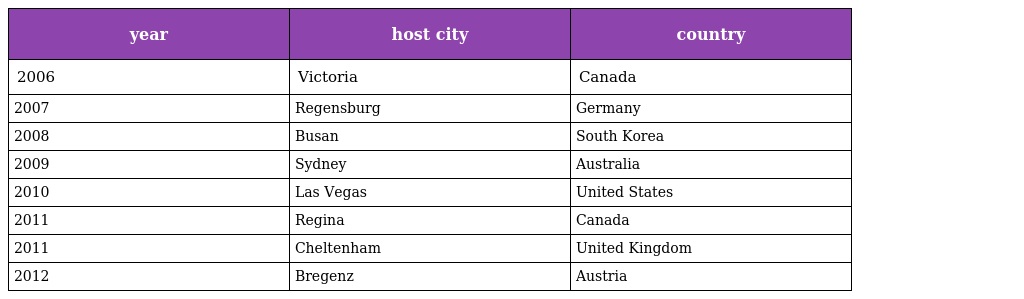
| year | host city | country |
 | --- | --- | --- |
 | 2006 | Victoria | Canada |
 | 2007 | Regensburg | Germany |
 | 2008 | Busan | South Korea |
 | 2009 | Sydney | Australia |
 | 2010 | Las Vegas | United States |
 | 2011 | Regina | Canada |
 | 2011 | Cheltenham | United Kingdom |
 | 2012 | Bregenz | Austria |